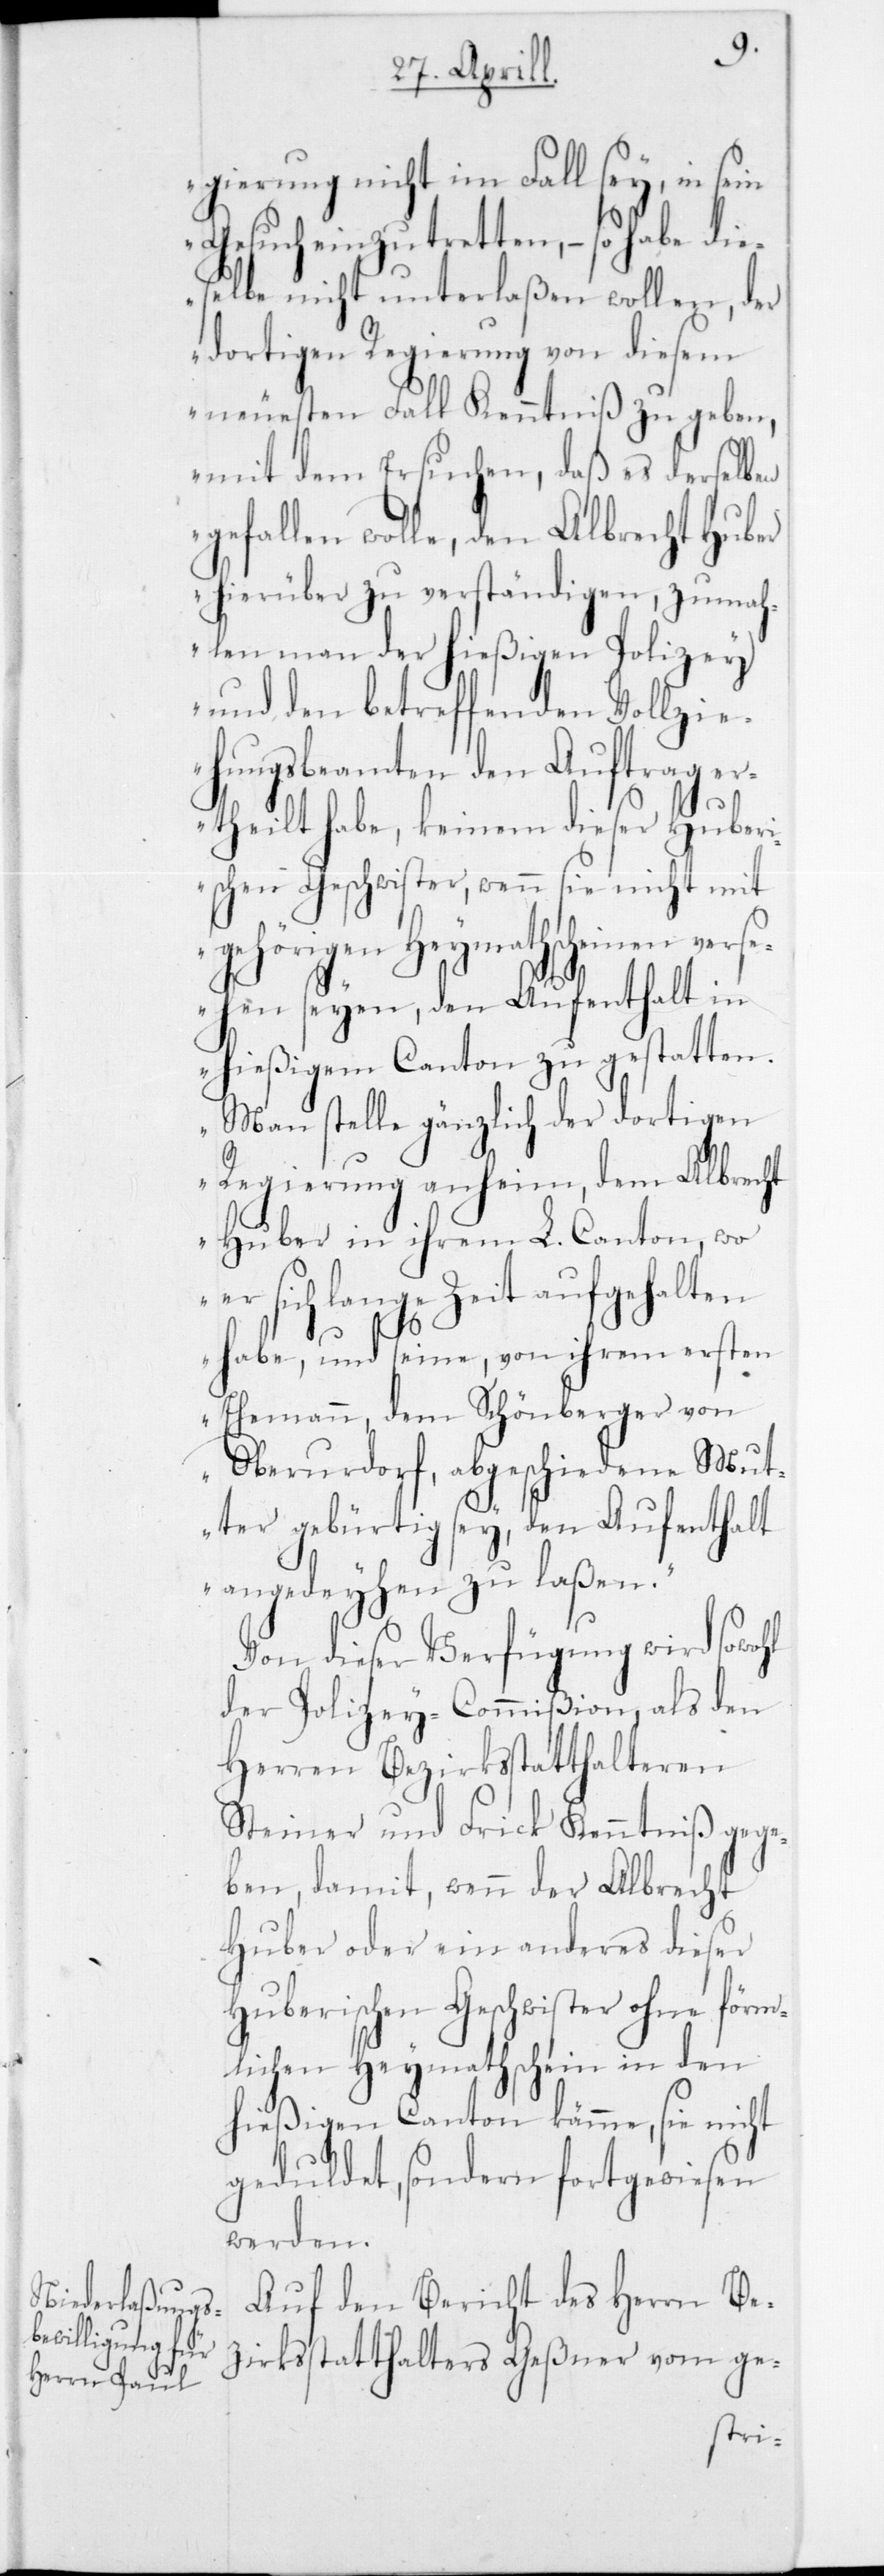
gierung nicht im Fall sey, in sein
Gesuch einzutretten, – so habe die¬
selbe nicht unterlaßen wollen, der
dortigen Regierung von diesem
neuesten Fall Kenntniß zu geben,
mit dem Ersuchen, daß es derselben
gefallen wolle, den Albrecht Huber
hierüber zu verständigen, zumah¬
len man der hießigen Polizey
und den betreffenden Vollzie¬
hungsbeamten den Auftrag e¬
rtheilt habe, keinem dieser Huber¬
ischen Geschwister, wenn sie nicht mit
gehörigen Heymathscheinen verse¬
hen seyen, den Aufenthalt in
hießigem Canton zu gestatten.
Man stelle gänzlich der dortigen
Regierung anheim, dem Albrecht
Huber in ihrem L. Canton, wo
er sich lange Zeit aufgehalten
hl
habe, und seine, von ihrem ersten
Ehemann, dem Schönberger von
Oberurdorf, abgeschiedene Mut¬
ter gebürtig sey, den Aufenthalt
angedeyhen zu laßen“.
Von dieser Verfügung wird sowo¬
der Polizey-Commißion, als den
Herren Bezirksstatthalteren
Steiner und Frick Kenntniß gege¬
ben, damit wenn der Albrecht
Huber oder ein anderes dieser
Huberischen Geschwister ohne förm¬
lichen Heymathschein in den
hießigen Canton kämme, sie nicht
geduldet, sondern fortgewiesen
werden.
Auf den Bericht des Herrn Be¬
zirksstatthalters Geßner vom ge-